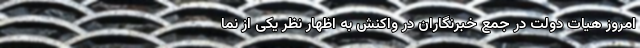
امروز هیات دولت در جمع خبرنگاران در واکنش به اظهار نظر یکی از نما